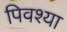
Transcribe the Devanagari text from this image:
पिवश्या